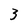
Character: 3